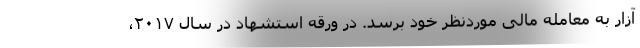
آزار به معامله مالی موردنظر خود برسد. در ورقه استشهاد در سال ۲۰۱۷،‌